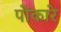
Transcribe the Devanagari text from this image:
पोंकारे